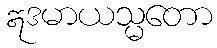
ဣဒမာယသ္မတော